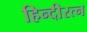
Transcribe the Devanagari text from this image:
हिन्दीरत्न